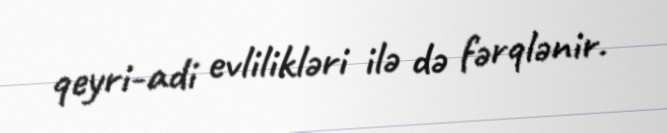
qeyri-adi evlilikləri ilə də fərqlənir.